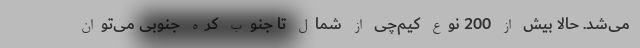
می‌شد. حالا بیش از 200 نوع کیم‌چی از شمال تا جنوب کره جنوبی می‌توان